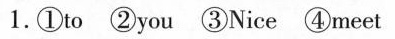
1.①to ②you ③Nice ④meet